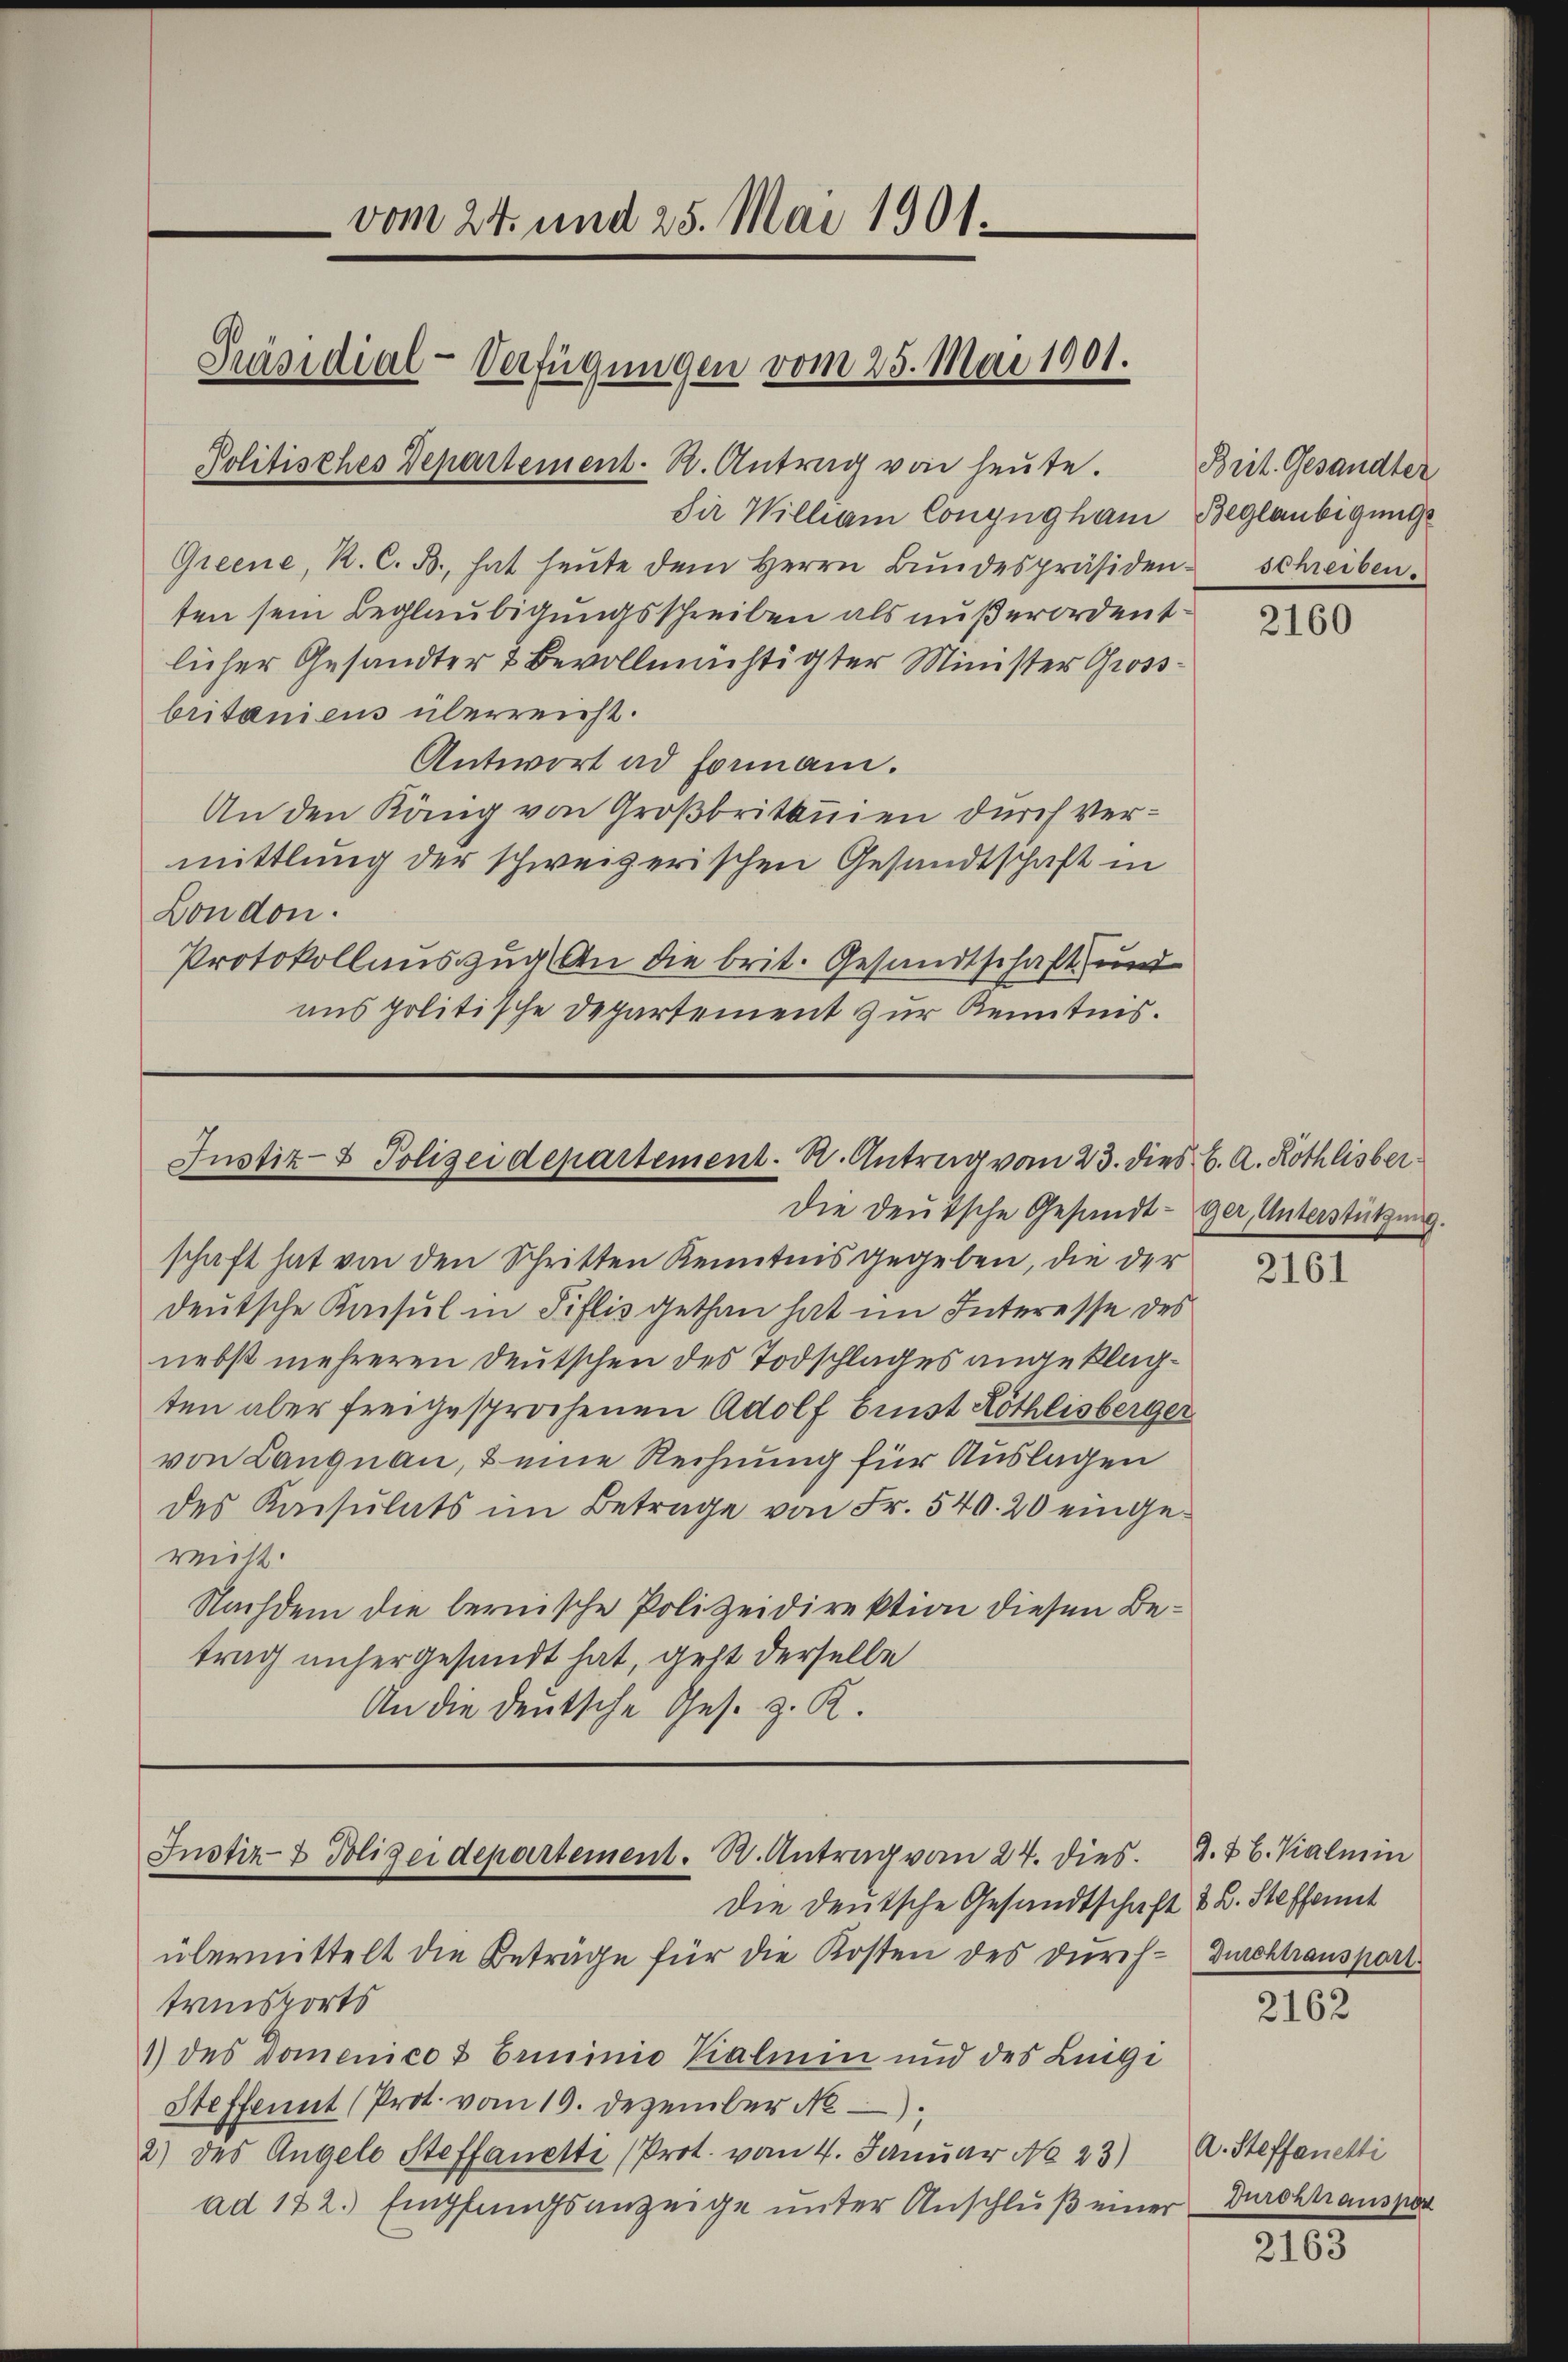
die William Congngham Beglaubigung
Greene, K. C. B., hat heŭte dem Herrn Bŭndespräsiden schreiben.
ten sein Beglaubigungsschreiben als außerordentlicher Gesandter & Bevollmächtigter Minister Gross-
britanicus überreicht.
Antwort ad formani.
An den König von Großbritanien durch Vermittlung der schweizerischen Gesandtschaft in
London.
Protokollauszug an die brit. Gesandtschaft und
ans politische Departement zur Kenntnis.

vom 24. und 25. Mai 1901.
Präsidial-Verfügungen vom 25. Mai 1901.
Politisches Departement. R. Antrag von heute.

Justiz- & Polizeidepartement. R. Antrag vom 23. dies C. A. Kothlisber

Die Deutsche Gesandt - ger, Unterstützung
schaft hat von den Schritten Kenntnis gegeben, die der
deutsche Kaisul in Filis gethan hat im Interesse des
nebst mehreren Deutschen des Todschlages angeklagten aber freigesprochenen Adolf Brust Röthlisberger
von Langnau, & eine Rechnung für Auslagen
des Kaisulats im Betrage von Fr. 540. 20 eingeritt.
Nachdem die bernische Polizeidirektion diesen Betrag anhergesandt hat, geht derselbe
An die deutsche Ges. z. K.

Instiz- & Polizeidepartement. R. Antrag vom 24. dies
Die Deutsche Gesandtschaft & B. Steffent

übermittelt die Beträge für die Kosten des Durch- Durchtranspart
transports
1) des Domenico & Erminio Kalien und des Liege
Steffennt (Prot. vom 19. Dezember N
2) des Angelo Steffanetti (Prot. vom 4. Januar No 23)
ad 122. Empfangsanzeige unter Anschlŭβ einer Durchtranspor

Brit. Gesandter

2160

2161

9.7 b. Kalmin

2162

A. Steffanetti

2163